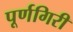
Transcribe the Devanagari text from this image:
पूर्णगिरी